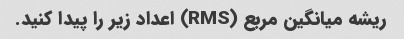
ریشه میانگین مربع (RMS) اعداد زیر را پیدا کنید.